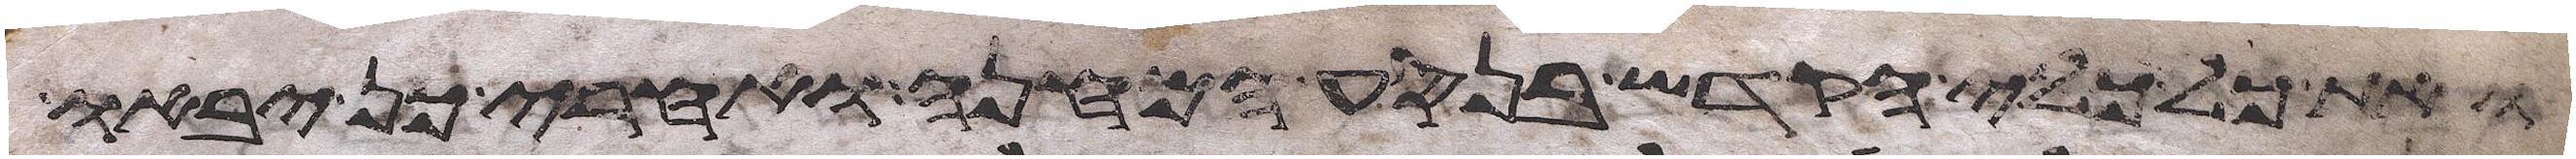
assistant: ואת כל כלי הקדש בנסע המחנה ואחרי כן יבאו